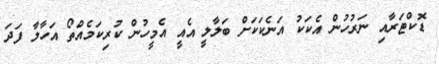
ޑޮކްޓަރާއި ނަރުހުން އެކަކު އަނެކަކަށް ބަލާލީ އެއީ އެމީހުން ކުރިކަމެއްތޯ އަހާލާ ފަދަ